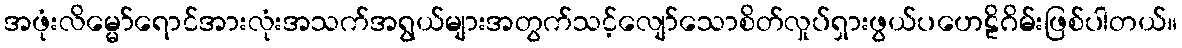
အဖုံးလိမ္မော်ရောင်အားလုံးအသက်အရွယ်များအတွက်သင့်လျော်သောစိတ်လှုပ်ရှားဖွယ်ပဟေဠိဂိမ်းဖြစ်ပါတယ်။